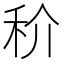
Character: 𥝵